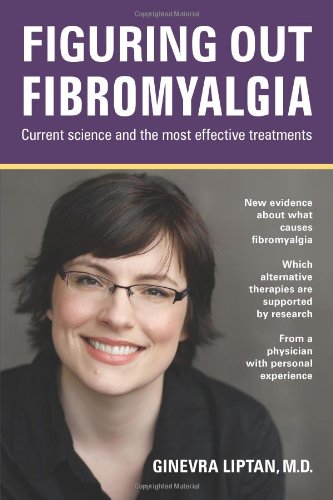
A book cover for Figuring out Fibromyalgia: Current science and the most effective treatments; Ginevra Liptan; Health, Fitness & Dieting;